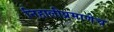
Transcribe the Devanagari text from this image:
निहालीप्रमाणेच